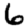
Digit: 6